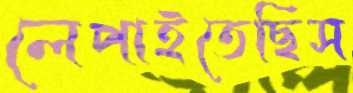
লেপাইতেছিস